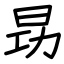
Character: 昮